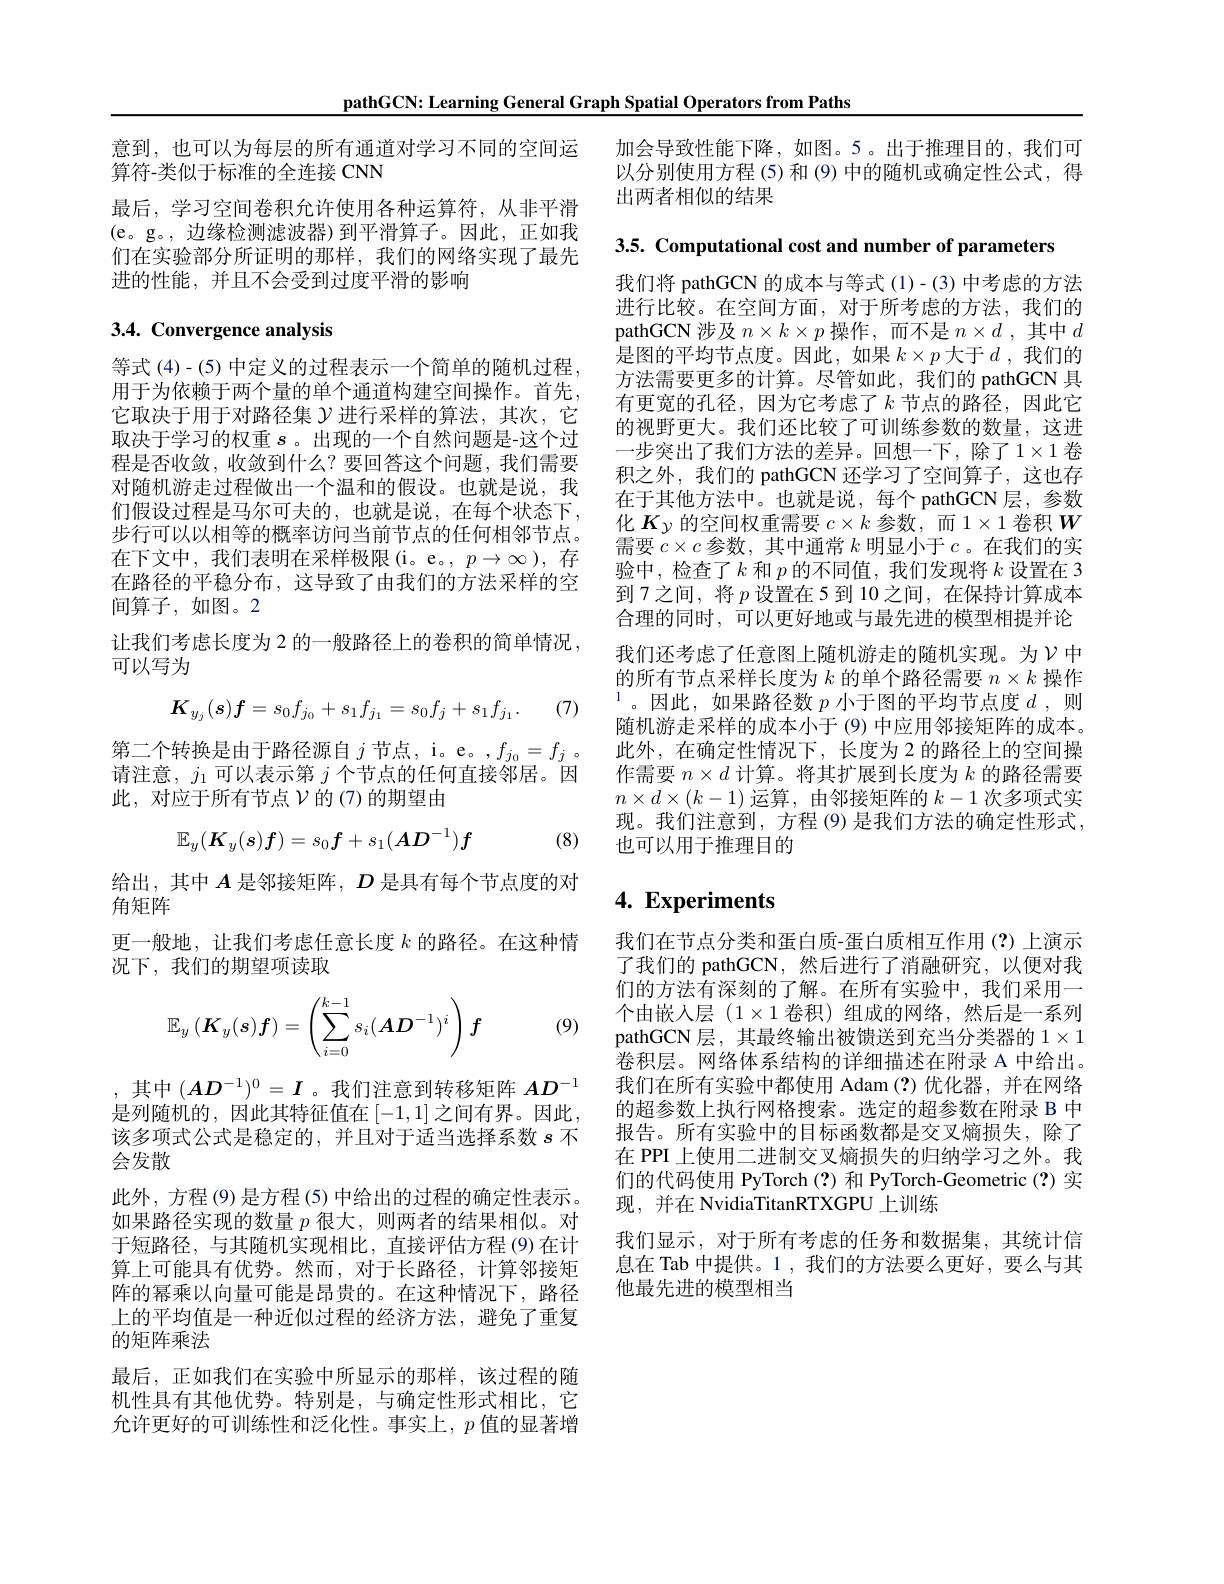
pathGCN: Learning General Graph Spatial Operators from Paths

意到，也可以为每层的所有通道对学习不同的空间运
算符-类似于标准的全连接 CNN
最后，学习空间卷积允许使用各种运算符，从非平滑$$($e。g。,边缘检测滤波器)到平滑算子。因此，正如我$ 们在实验部分所证明的那样，我们的网络实现了最先进的性能，并且不会受到过度平滑的影响

## 3.4. Convergence analysis

等式 (4)-(5) 中定义的过程表示一个简单的随机过程， 用于为依赖于两个量的单个通道构建空间操作。首先， 它取决于用于对路径集$\mathcal{Y}$进行采样的算法，其次，它取决于学习的权重$s$。出现的一个自然问题是-这个过程是否收敛，收敛到什么？要回答这个问题，我们需要对随机游走过程做出一个温和的假设。也就是说，我们假设过程是马尔可夫的，也就是说，在每个状态下， 步行可以以相等的概率访问当前节点的任何相邻节点。在下文中，我们表明在采样极限(i。e。, $p\to\infty)$,存在路径的平稳分布，这导致了由我们的方法采样的空间算子，如图。2
让我们考虑长度为 2 的一般路径上的卷积的简单情况，
可以写为

(7)
$$K_{y_j}(s)\boldsymbol{f}=s_0f_{j_0}+s_1f_{j_1}=s_0f_j+s_1f_{j_1}.$$
第二个转换是由于路径源自$j$节点，i。e。$,f_{j_0}=f_j$ 。请注意，$j_1$可以表示第$j$个节点的任何直接邻居。因此，对应于所有节点$\mathcal{V}$的(7)的期望由
$$\mathbb{E}_y(\boldsymbol{K}_y(\boldsymbol{s})\boldsymbol{f})=s_0f+s_1(\boldsymbol{A}\boldsymbol{D}^{-1})\boldsymbol{f}$$
(8)

给出，其中$A$是邻接矩阵，$D$是具有每个节点度的对
角矩阵
更一般地，让我们考虑任意长度$k$的路径。在这种情
况下，我们的期望项读取
$$\mathbb{E}_y\left(\boldsymbol{K}_y(\boldsymbol{s})\boldsymbol{f}\right)=\left(\sum_{i=0}^{k-1}s_i(\boldsymbol{AD}^{-1})^i\right)\boldsymbol{f}$$
(9)

,其中$(AD^{-1})^0=I$ 。我们注意到转移矩阵$AD^-1$ 是列随机的，因此其特征值在$\left[-1,1\right]$之间有界。因此， 该多项式公式是稳定的，并且对于适当选择系数$s$不会发散
此外，方程 (9) 是方程 (5) 中给出的过程的确定性表示。如果路径实现的数量$p$很大，则两者的结果相似。对于短路径，与其随机实现相比，直接评估方程 (9)在计算上可能具有优势。然而，对于长路径，计算邻接矩阵的幂乘以向量可能是昂贵的。在这种情况下，路径上的平均值是一种近似过程的经济方法，避免了重复的矩阵乘法
最后，正如我们在实验中所显示的那样，该过程的随机性具有其他优势。特别是，与确定性形式相比，它允许更好的可训练性和泛化性。事实上，$p$值的显著增

加会导致性能下降，如图。5。出于推理目的，我们可以分别使用方程 (5)和 (9) 中的随机或确定性公式，得出两者相似的结果

3.5. Computational cost and number of parameters

我们将 pathGCN 的成本与等式 (1)-(3) 中考虑的方法进行比较。在空间方面，对于所考虑的方法，我们的pathGCN 涉及$n\times k\times p$操作，而不是$n\times d$ ,其中$d$ 是图的平均节点度。因此，如果$k\times p$大于$d$ ,我们的方法需要更多的计算。尽管如此，我们的 pathGCN 具有更宽的孔径，因为它考虑了$k$ 节点的路径，因此它的视野更大。我们还比较了可训练参数的数量，这进一步突出了我们方法的差异。回想一下，除了1$\times1$卷积之外，我们的 pathGCN 还学习了空间算子，这也存在于其他方法中。也就是说，每个 pathGCN 层，参数化$K_{\gamma}$的空间权重需要$c\times k$参数，而$1\times1$卷积$W$ 需要$c\times c$参数，其中通常$k$明显小于$c$ 。在我们的实验中，检查了$k$和$p$的不同值，我们发现将$k$设置在 3到7之间，将$p$设置在5到10之间，在保持计算成本合理的同时，可以更好地或与最先进的模型相提并论我们还考虑了任意图上随机游走的随机实现。为$\nu$中的所有节点采样长度为$k$的单个路径需要$n\times k$操作$^{1}$。因此，如果路径数$p$ 小于图的平均节点度$d$,则随机游走采样的成本小于 (9)中应用邻接矩阵的成本。此外，在确定性情况下，长度为 2 的路径上的空间操作需要$n\times d$计算。将其扩展到长度为$k$的路径需要$n\times d\times(k-1)$运算，由邻接矩阵的$k-1$次多项式实现。我们注意到，方程 (9) 是我们方法的确定性形式， 也可以用于推理目的

# 4. Experiments

我们在节点分类和蛋白质-蛋白质相互作用(?)上演示了我们的 pathGCN,然后进行了消融研究，以便对我们的方法有深刻的了解。在所有实验中，我们采用一个由嵌人层(1$\times1 卷积)组成的网络，然后是一系列$ pathGCN 层，其最终输出被馈送到充当分类器的$1\times1$ 卷积层。网络体系结构的详细描述在附录 A 中给出。我们在所有实验中都使用 Adam(?)优化器，并在网络的超参数上执行网格搜索。选定的超参数在附录 B 中报告。所有实验中的目标函数都是交叉熵损失，除了在 PPI 上使用二进制交叉熵损失的归纳学习之外。我们的代码使用 PyTorch(?)和 PyTorch-Geometric(?)实现，并在 NvidiaTitanRTXGPU 上训练
我们显示，对于所有考虑的任务和数据集，其统计信息在 Tab 中提供。1 , 我们的方法要么更好，要么与其他最先进的模型相当